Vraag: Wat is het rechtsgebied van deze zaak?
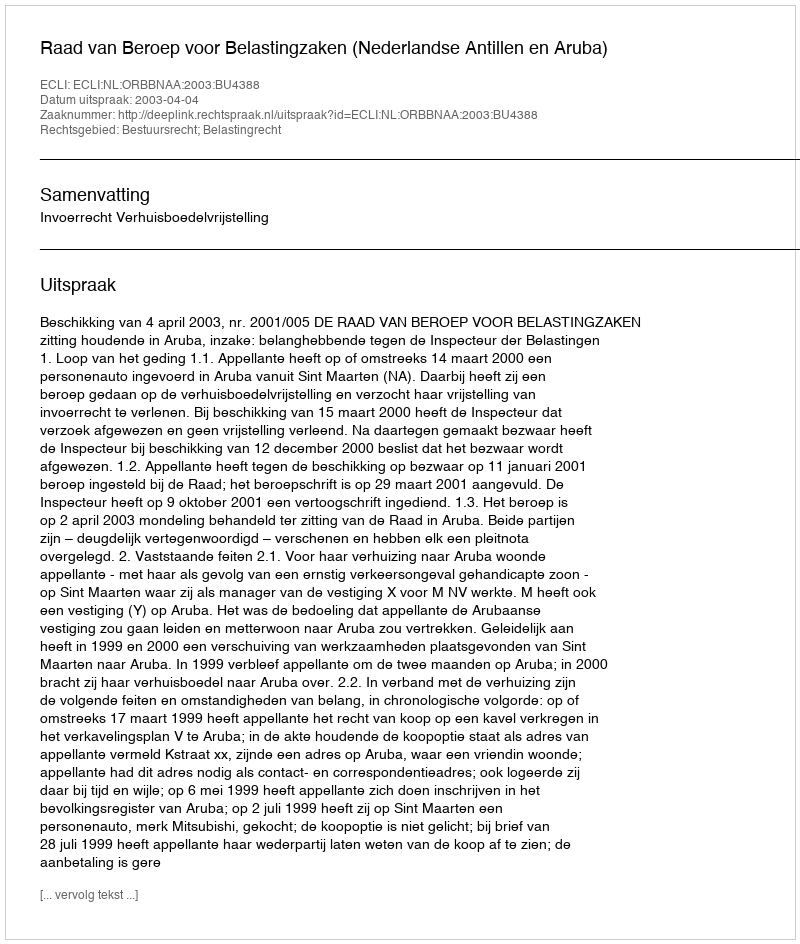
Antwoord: Bestuursrecht; Belastingrecht